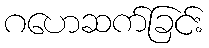
ဂဟေဆက်ခြင်း